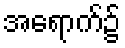
အရောက်၌